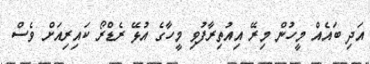
އަދި ބައެއް މީހުން މިރޭ އިއުތިރާފުވި މީހާގެ އުޅޭ ރެޑްރޯ ކައިރިއަށް ވެސް